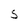
Character: S